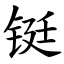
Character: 铤